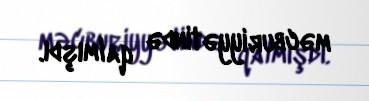
məcburiyyətində qalmışdı.